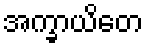
အက္ခာယိတေ